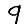
Digit: 9